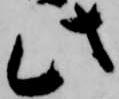
此